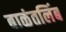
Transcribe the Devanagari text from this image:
बाळंतलिंब